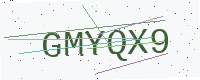
Text: GMYQX9